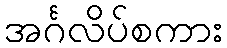
အင်္ဂလိပ်စကား